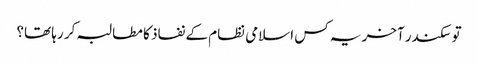
تو سکندر آخر یہ کس اسلامی نظام کے نفاذ کا مطالبہ کر رہا تھا؟